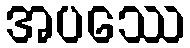
အပဿေ